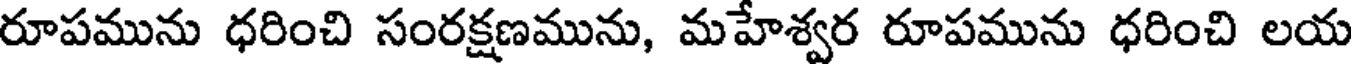
రూపమును ధరించి సంరక్షణమును, మహేశ్వర రూపమును ధరించి లయ